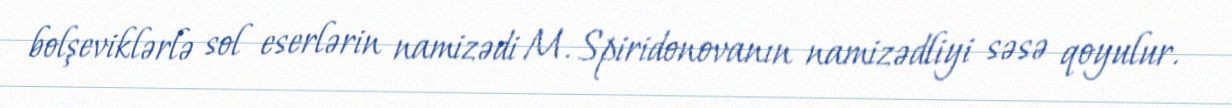
bolşeviklərlə sol eserlərin namizədi M. Spiridonovanın namizədliyi səsə qoyulur.